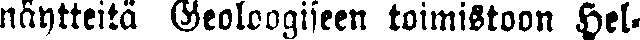
näytteitä Geoloogiseen toimistoon Hel-